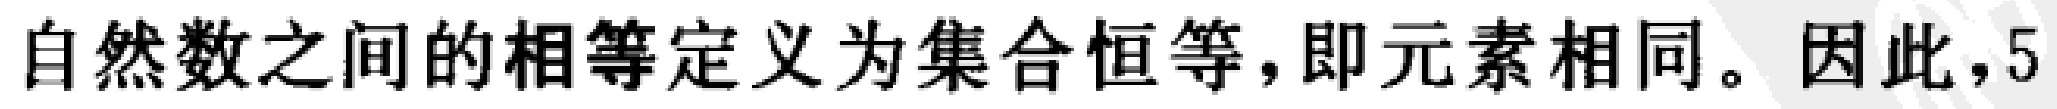
自然数之间的相等定义为集合恒等，即元素相同。因此，5